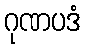
ဂုဏပဒံ